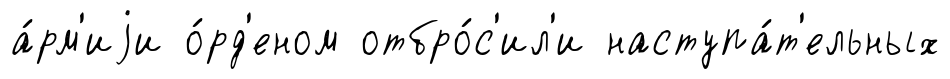
а́рм'иjи о́рд'еном отбро́с'ил'и наступа́т'ельных